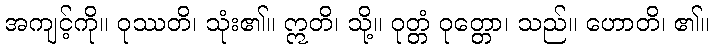
အကျင့်ကို။ ဝုဿတိ၊ သုံး၏။ ဣတိ၊ သို့။ ဝုတ္တံ ဝုတ္တော၊ သည်။ ဟောတိ၊ ၏။